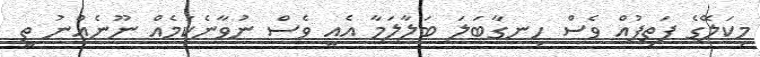
މިކަލޭގެ ފަތިފުއް ވެސް ހިނގާބަލަ ބަލާލަމާ އެއީ ވެސް ނުވާނެކަމެއް ނޫނެއްނު ތީ